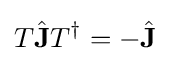
T{\hat {\mathbf {J} }}T^{\dagger }=-{\hat {\mathbf {J} }}